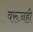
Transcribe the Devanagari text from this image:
वरूनही